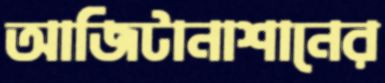
আজিটানাশানের